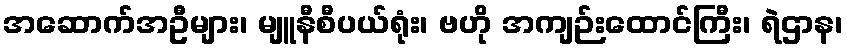
အဆောက်အဦများ၊ မျူနီစီပယ်ရုံး၊ ဗဟို အကျဉ်းထောင်ကြီး၊ ရဲဌာန၊